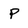
Character: P